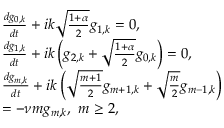
\begin{array} { r l } & { \frac { d g _ { 0 , k } } { d t } + i k \sqrt { \frac { 1 + \alpha } { 2 } } g _ { 1 , k } = 0 , } \\ & { \frac { d g _ { 1 , k } } { d t } + i k \left( g _ { 2 , k } + \sqrt { \frac { 1 + \alpha } { 2 } } g _ { 0 , k } \right) = 0 , } \\ & { \frac { d g _ { m , k } } { d t } + i k \left( \sqrt { \frac { m + 1 } { 2 } } g _ { m + 1 , k } + \sqrt { \frac { m } { 2 } } g _ { m - 1 , k } \right) } \\ & { = - \nu m g _ { m , k } , \ m \ge 2 , } \end{array}